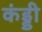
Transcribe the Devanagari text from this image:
कंड्डी